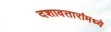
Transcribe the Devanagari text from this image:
दशावतारांमध्ये